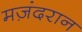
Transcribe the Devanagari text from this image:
मज़ंदरान